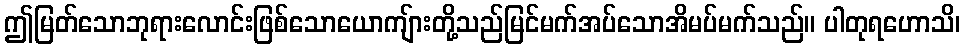
ဤမြတ်သောဘုရားလောင်းဖြစ်သောယောကျ်ားတို့သည်မြင်မက်အပ်သောအိမပ်မက်သည်။ ပါတုရဟောသိ၊